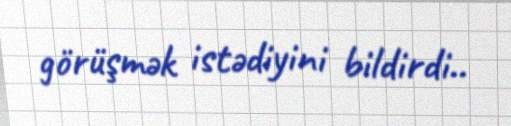
görüşmək istədiyini bildirdi..